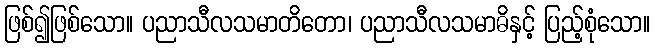
ဖြစ်၍ဖြစ်သော။ ပညာသီလသမာတိတော၊ ပညာသီလသမာဓိနှင့် ပြည့်စုံသော။